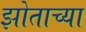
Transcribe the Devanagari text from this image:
झोताच्या